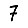
Digit: 7